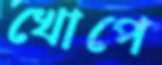
খোপে